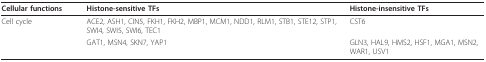
<table><thead><tr><td><b>Cellular functions</b></td><td><b>Histone-sensitive TFs</b></td><td><b>Histone-insensitive TFs</b></td></tr></thead><tbody><tr><td>Cell cycle</td><td>ACE2, ASH1, CIN5, FKH1, FKH2, MBP1, MCM1, NDD1, RLM1, STB1, STE12, STP1, SWI4, SWI5, SWI6, TEC1</td><td>CST6</td></tr><tr><td>[EMPTY_CELL]</td><td>GAT1, MSN4, SKN7, YAP1</td><td>GLN3, HAL9, HMS2, HSF1, MGA1, MSN2, WAR1, USV1</td></tr></tbody></table>